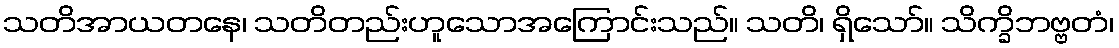
သတိအာယတနေ၊ သတိတည်းဟူသောအကြောင်းသည်။ သတိ၊ ရှိသော်။ သိက္ခိဘဗ္ဗတံ၊